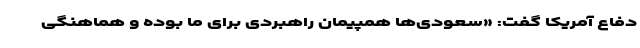
دفاع آمریکا گفت: «سعودی‌ها همپیمان راهبردی برای ما بوده و هماهنگی